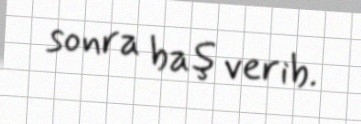
sonra baş verib.